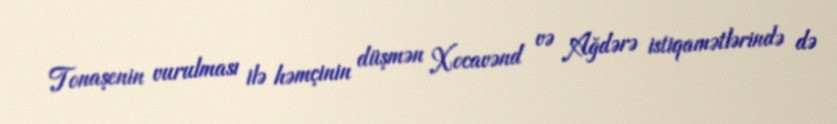
Tonaşenin vurulması ilə həmçinin düşmən Xocavənd və Ağdərə istiqamətlərində də